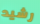
رشيد